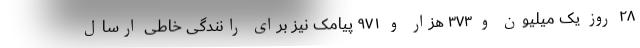
۲۸ روز یک میلیون و ۳۷۳ هزار و ۹۷۱ پیامک نیز برای رانندگی خاطی ارسال